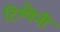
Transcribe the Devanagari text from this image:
टिम्पैनी